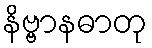
နိဗ္ဗာနဓာတု